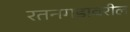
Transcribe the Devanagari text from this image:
रतनगडावरील